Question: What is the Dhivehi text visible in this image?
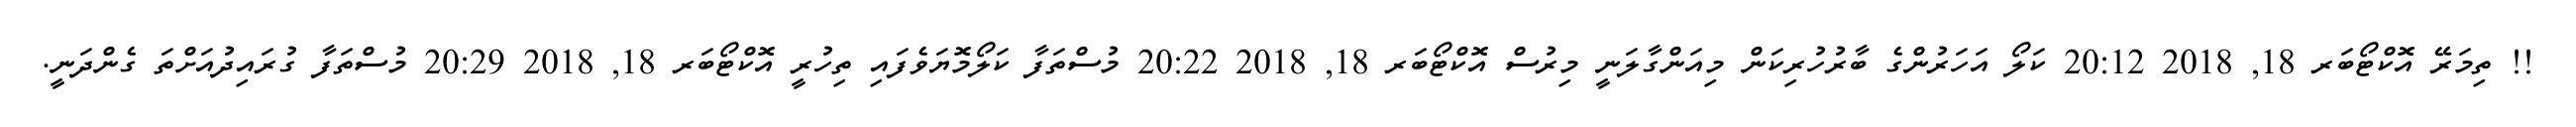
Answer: !! ތިމަރޭ އޮކްޓޯބަރ 18, 2018 20:12 ކަލޯ އަހަރުންގެ ބާރުހުރިކަން މިއަންގާލަނީ މިރުސް އޮކްޓޯބަރ 18, 2018 20:22 މުސްތަފާ ކަލޯމޮޔަވެފައި ތިހުރީ އޮކްޓޯބަރ 18, 2018 20:29 މުސްތަފާ ގުރައިދުއަށްތަ ގެންދަނީ.